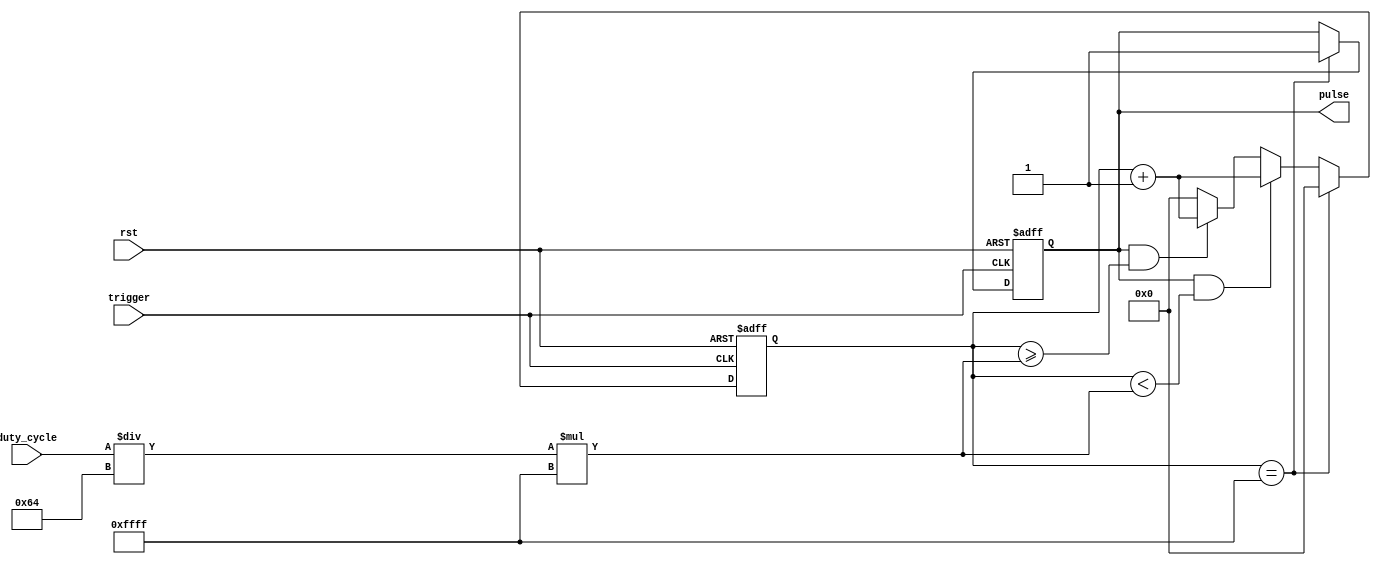
module DutyCyclePulseGenerator (
    input rst,  // Reset signal
    input trigger,  // Trigger signal
    input [7:0] duty_cycle,  // Duty cycle setting in percentage

    output reg pulse  // Generated pulse signal
);

reg [15:0] total_count;
reg [7:0] high_time;

// Calculate high time based on duty cycle setting
always @*
    high_time = (duty_cycle / 100) * 16'b1111111111111111;

// Timing control and synchronization blocks
always @(posedge trigger or posedge rst)
begin
    if (rst)
    begin
        total_count <= 16'b0;
        pulse <= 1'b0;
    end
    else if (total_count == 16'b1111111111111111)
    begin
        total_count <= 16'b0;
        pulse <= 1'b1;
    end
    else if (pulse && (total_count < high_time))
        total_count <= total_count + 1;
    else if (pulse && (total_count >= high_time))
        total_count <= total_count + 1;
    else
        total_count <= 16'b0;
end

endmodule